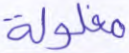
مغلولة